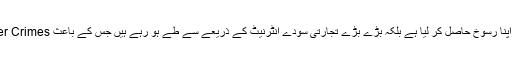
زرِ خالص کے بجائے زر اعتباری نے اپنا رسوخ حاصل کر لیا ہے بلکہ بڑے بڑے تجارتی سودے انٹرنیٹ کے ذریعے سے طے ہو رہے ہیں جس کے باعث Cyber Crimes کے رجحانات سر اٹھا رہے ہیں۔